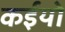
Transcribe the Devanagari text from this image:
कईयो